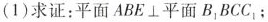
(1)求证：平面ABE⊥平面 $$B_{1}BCC_{1};$$